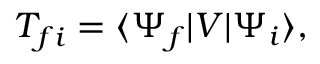
T _ { f i } = \langle \Psi _ { f } | V | \Psi _ { i } \rangle ,